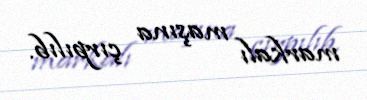
markalı maşına çırpılıb.